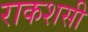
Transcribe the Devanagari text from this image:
राकशसी